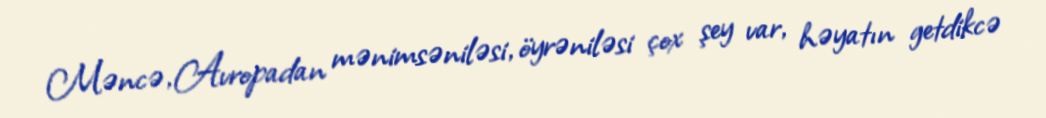
Məncə, Avropadan mənimsəniləsi, öyrəniləsi çox şey var, həyatın getdikcə